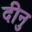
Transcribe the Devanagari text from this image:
दीनु